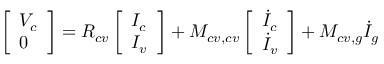
\left[ \begin{array} { l } { V _ { c } } \\ { 0 } \end{array} \right] = R _ { c v } \left[ \begin{array} { l } { I _ { c } } \\ { I _ { v } } \end{array} \right] + M _ { c v , c v } \left[ \begin{array} { l } { \dot { I } _ { c } } \\ { \dot { I } _ { v } } \end{array} \right] + M _ { c v , g } \dot { I } _ { g }